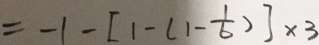
= - 1 - [ 1 - ( 1 - \frac { 1 } { 6 } ) ] \times 3